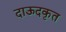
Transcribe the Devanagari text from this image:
दाऊदकृत